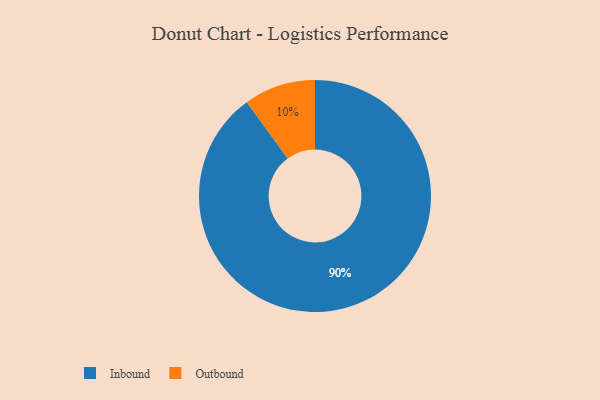
{"axis": {"x": "Category", "y": "Percentage"}, "legend": ["Inbound", "Outbound"], "data": [{"x": "Inbound", "y": 90, "type": "Inbound"}, {"x": "Outbound", "y": 10, "type": "Outbound"}]}